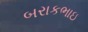
બરાકભાઇ